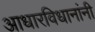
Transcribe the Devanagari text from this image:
आधारविधानांनी